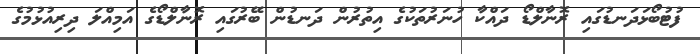
ފުޓުބޯޅަދަނޑުގައި ރޮނާލްޑޯ ދައްކާ ހުނަރުތަކުގެ އިތުރުން ދަނޑުން ބޭރުގައި ރޮނާލްޑޯގެ އަމިއްލަ ދިރިއުޅުމުގެ